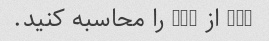
15% از 500 را محاسبه کنید.